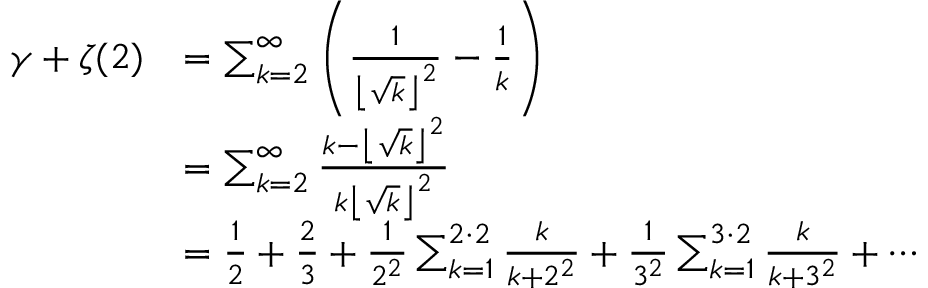
{ \begin{array} { r l } { \gamma + \zeta ( 2 ) } & { = \sum _ { k = 2 } ^ { \infty } \left( { \frac { 1 } { \left\lfloor { \sqrt { k } } \right\rfloor ^ { 2 } } } - { \frac { 1 } { k } } \right) } \\ & { = \sum _ { k = 2 } ^ { \infty } { \frac { k - \left\lfloor { \sqrt { k } } \right\rfloor ^ { 2 } } { k \left\lfloor { \sqrt { k } } \right\rfloor ^ { 2 } } } } \\ & { = { \frac { 1 } { 2 } } + { \frac { 2 } { 3 } } + { \frac { 1 } { 2 ^ { 2 } } } \sum _ { k = 1 } ^ { 2 \cdot 2 } { \frac { k } { k + 2 ^ { 2 } } } + { \frac { 1 } { 3 ^ { 2 } } } \sum _ { k = 1 } ^ { 3 \cdot 2 } { \frac { k } { k + 3 ^ { 2 } } } + \cdots } \end{array} }